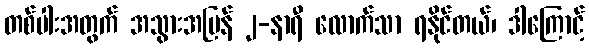
တစ်ပါးအတွက် အသွားအပြန် ၂-နာရီ လောက်သာ ရနိုင်တယ်၊ ဒါကြောင့်